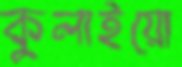
কুলাইয়ো